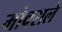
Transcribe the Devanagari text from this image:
मोक्सले